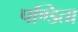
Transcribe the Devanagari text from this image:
पण्डिता